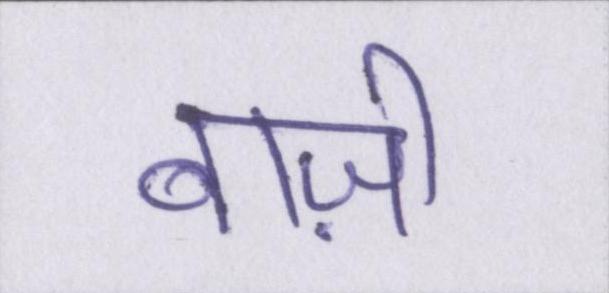
बाज़ी